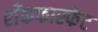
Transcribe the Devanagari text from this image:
राँकफास्फेट